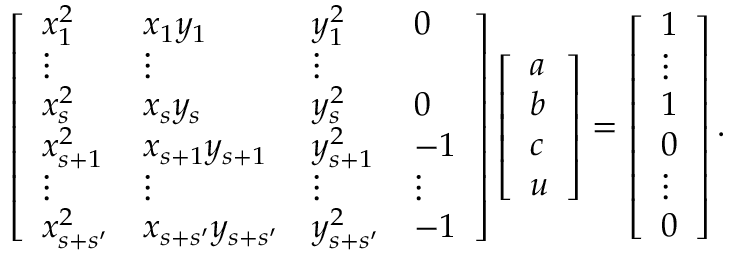
\left[ \begin{array} { l l l l } { x _ { 1 } ^ { 2 } } & { x _ { 1 } y _ { 1 } } & { y _ { 1 } ^ { 2 } } & { 0 } \\ { \vdots } & { \vdots } & { \vdots } \\ { x _ { s } ^ { 2 } } & { x _ { s } y _ { s } } & { y _ { s } ^ { 2 } } & { 0 } \\ { x _ { s + 1 } ^ { 2 } } & { x _ { s + 1 } y _ { s + 1 } } & { y _ { s + 1 } ^ { 2 } } & { - 1 } \\ { \vdots } & { \vdots } & { \vdots } & { \vdots } \\ { x _ { s + s ^ { \prime } } ^ { 2 } } & { x _ { s + s ^ { \prime } } y _ { s + s ^ { \prime } } } & { y _ { s + s ^ { \prime } } ^ { 2 } } & { - 1 } \end{array} \right] \left[ \begin{array} { l } { a } \\ { b } \\ { c } \\ { u } \end{array} \right] = \left[ \begin{array} { l } { 1 } \\ { \vdots } \\ { 1 } \\ { 0 } \\ { \vdots } \\ { 0 } \end{array} \right] .